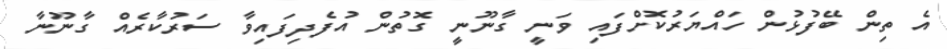
އެ ތިން ބޭފުޅުން ހައްޔަރުކޮށްފައި ވަނީ ގާނޫނީ ގޮތުން އުފެދިފައިވާ ސަރުކާރެއް ގާނޫނާ